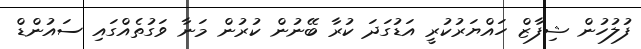
ފުލުހުން ޝިފާޒް ހައްޔަރުކުރީ އަޑުގަދަ ކުރާ ބޭނުން ކުރުން މަނާ ވަގުތެއްގައި ސައުންޑް